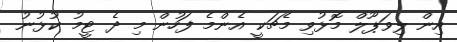
އިން ލިވަޕޫލް މޮޅުވި މެޗަކީ އެންމެ ފަހުން މި ދެ ޓީމު ކުޅުނު